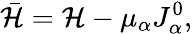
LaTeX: \bar{{\cal H}}={\cal H}-\mu_{\alpha}J_{\alpha}^{0},